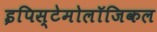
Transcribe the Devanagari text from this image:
इपिस्टेमोलॉजिकल